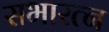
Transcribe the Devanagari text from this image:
सभारत्न